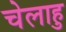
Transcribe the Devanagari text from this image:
चेलाहु